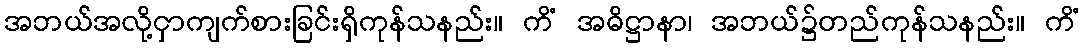
အဘယ်အလို့ငှာကျက်စားခြင်းရှိကုန်သနည်း။ ကိံ အဓိဋ္ဌာနာ၊ အဘယ်၌တည်ကုန်သနည်း။ ကိံ